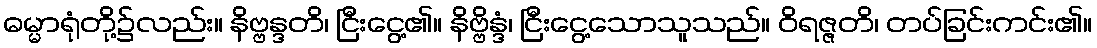
ဓမ္မာရုံတို့၌လည်း။ နိဗ္ဗန္ဒတိ၊ ငြီးငွေ့၏။ နိဗ္ဗိန္ဒံ၊ ငြီးငွေ့သောသူသည်။ ဝိရဇ္ဇတိ၊ တပ်ခြင်းကင်း၏။